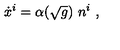
\dot { x } ^ { i } = \alpha ( \sqrt { g } ) \ n ^ { i } \ ,